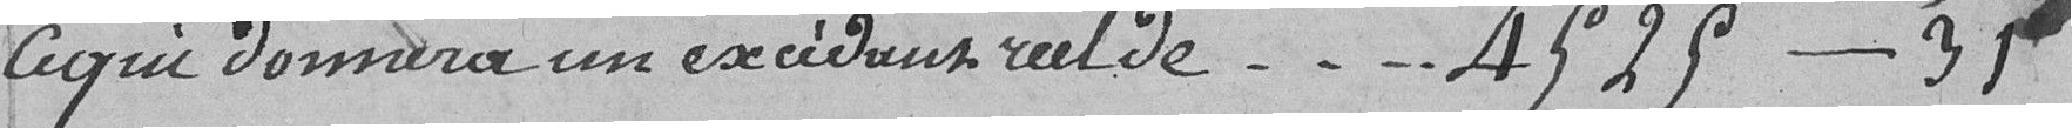
ce qui donnera un excédent réel de - - - - 4525 - 35